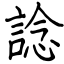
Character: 諗